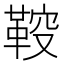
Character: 𲊞